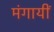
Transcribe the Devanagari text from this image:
मंगायीं